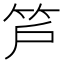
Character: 𥫿